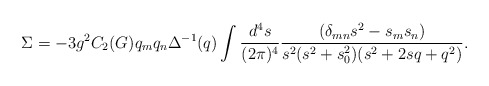
\begin{align*}\Sigma = -3g^2 C_2(G) q_m q_n \Delta^{-1}(q) \int \frac{d^4s}{(2\pi)^4}\frac{(\delta_{mn} s^2 -s_m s_n)}{s^2(s^2+s_0^2)(s^2+2sq+q^2)}.\end{align*}